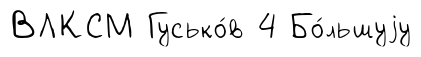
ВЛКСМ Гусько́в 4 Бо́льшуjу